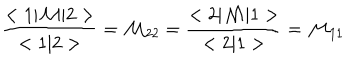
\frac { < 1 | { \cal M } | 2 > } { < 1 | 2 > } = { \cal M } _ { 2 2 } = \frac { < 2 | { \cal M } | 1 > } { < 2 | 1 > } = { \cal M } _ { 1 1 }